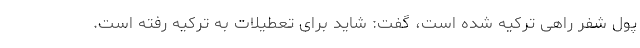
پول شفر راهی ترکیه شده است، گفت: شاید برای تعطیلات به ترکیه رفته است.